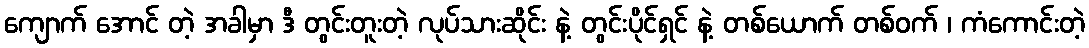
ကျောက် အောင် တဲ့ အခါမှာ ဒီ တွင်းတူးတဲ့ လုပ်သားဆိုင်း နဲ့ တွင်းပိုင်ရှင် နဲ့ တစ်ယောက် တစ်ဝက် ၊ ကံကောင်းတဲ့